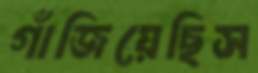
গাঁজিয়েছিস